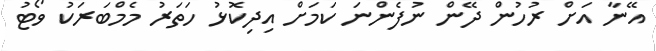
އޭނާ އަށް ރުހުން ދޭން ނުފެންނަ ކަމަށް އިދިކޮޅު ހަތަރު މެމްބަރަކު ވޯޓު